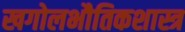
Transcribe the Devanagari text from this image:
खगोलभौतिकशास्त्र